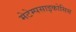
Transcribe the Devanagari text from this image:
मेटेम्पसाइकोसिस